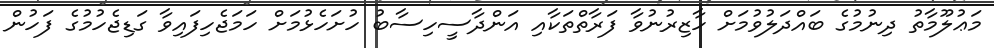
މަޢުލޫމާތު ދިނުމުގެ ބައްދަލުވުމަށް ހާޒިރުނުވާ ފަރާތްތަކާއި އަންދާސީހިސާބު ހުށަހެޅުމަށް ހަމަޖެހިފައިވާ ގަޑިޖެހުމުގެ ފަހުން